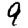
Digit: 9